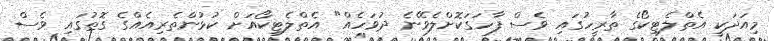
މިއަދަކީ އެތްލެޓިކޯގެ ތާރީހުގައި ވެސް ފާހަގަކޮށްލެވޭނެ ދުވަހެއް" އެތްލެޓިކޯއަށް ކުޅުންތެރިއެއްގެ ގޮތުގައި ވެސް